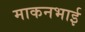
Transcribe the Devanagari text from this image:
माकनभाई